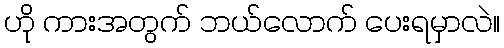
ဟို ကားအတွက် ဘယ်လောက် ပေးရမှာလဲ။